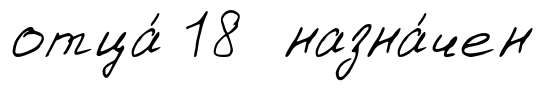
отца́ 18 назна́чен